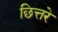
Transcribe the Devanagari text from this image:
छित्तरे